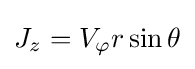
J_{z}=V_{\varphi }r\sin \theta